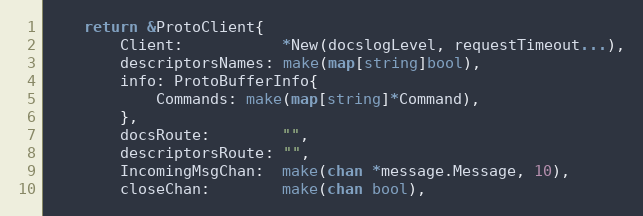
Language: Go
	return &ProtoClient{
		Client:           *New(docslogLevel, requestTimeout...),
		descriptorsNames: make(map[string]bool),
		info: ProtoBufferInfo{
			Commands: make(map[string]*Command),
		},
		docsRoute:        "",
		descriptorsRoute: "",
		IncomingMsgChan:  make(chan *message.Message, 10),
		closeChan:        make(chan bool),